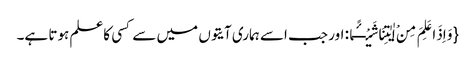
{وَ اِذَا عَلِمَ مِنْ اٰیٰتِنَا شَیْــٴًـا: اور جب اسے ہماری آیتوں میں سے کسی کاعلم ہوتا ہے۔